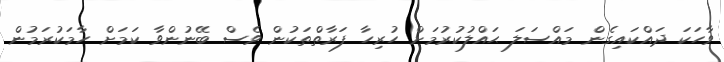
ވާހަކަ ދައްކައިގެން މައްސަލަ ޙައްލުކުރުމަށް ހުރިހާ ފަރާތްތަކުން ވެސް ބޭނުންވާ ކަމަށް ހާމަކުރަމުން